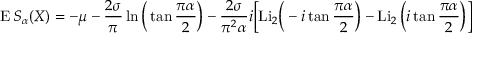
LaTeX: \operatorname { E } S _ { \alpha } ( X ) = - \mu - { \frac { 2 \sigma } { \pi } } \ln { \Big ( } \tan { \frac { \pi \alpha } { 2 } } { \Big ) } - { \frac { 2 \sigma } { \pi ^ { 2 } \alpha } } i { \Big [ } { \mathrm { L i } } _ { 2 } { \Big ( } - i \tan { \frac { \pi \alpha } { 2 } } { \Big ) } - \operatorname { L i } _ { 2 } { \Big ( } i \tan { \frac { \pi \alpha } { 2 } } { \Big ) } { \Big ] }